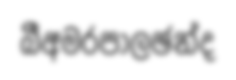
බීඅමරපාලඡන්ද